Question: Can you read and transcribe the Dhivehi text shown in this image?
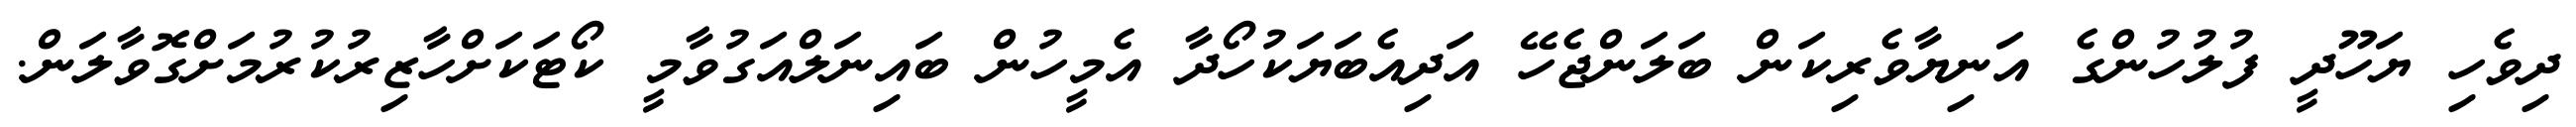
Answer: ދިވެހި ޔަހޫދީ ފުލުހުންގެ އަނިޔާވެރިކަން ބަލަންޖެހޭ އަދިއެބަޔަކުހޯދާ އެމީހުން ބައިނަލްއަގުވާމީ ކޯޓަކަށްހާޒިރުކުރުމަށްގޮވާލަން.